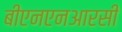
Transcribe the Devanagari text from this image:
बीएनएनआरसी